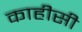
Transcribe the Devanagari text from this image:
काहीसी